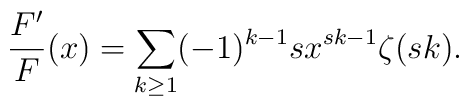
\frac{F'}{F}(x) = \sum_{k\ge 1}(-1)^{k-1}s x^{s k-1}\zeta(sk).